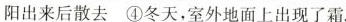
阳出来后散去 ④冬天，室外地面上出现了霜.